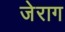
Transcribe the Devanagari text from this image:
जेराग